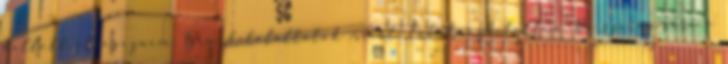
kellett elvégeznem. Igen, kitaláltátok miért: Értelmezhetetlen. De szerencsére a